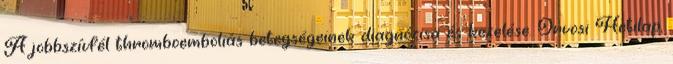
A jobbszívfél thromboemboliás betegségeinek diagnózisa és kezelése. Orvosi Hetilap,